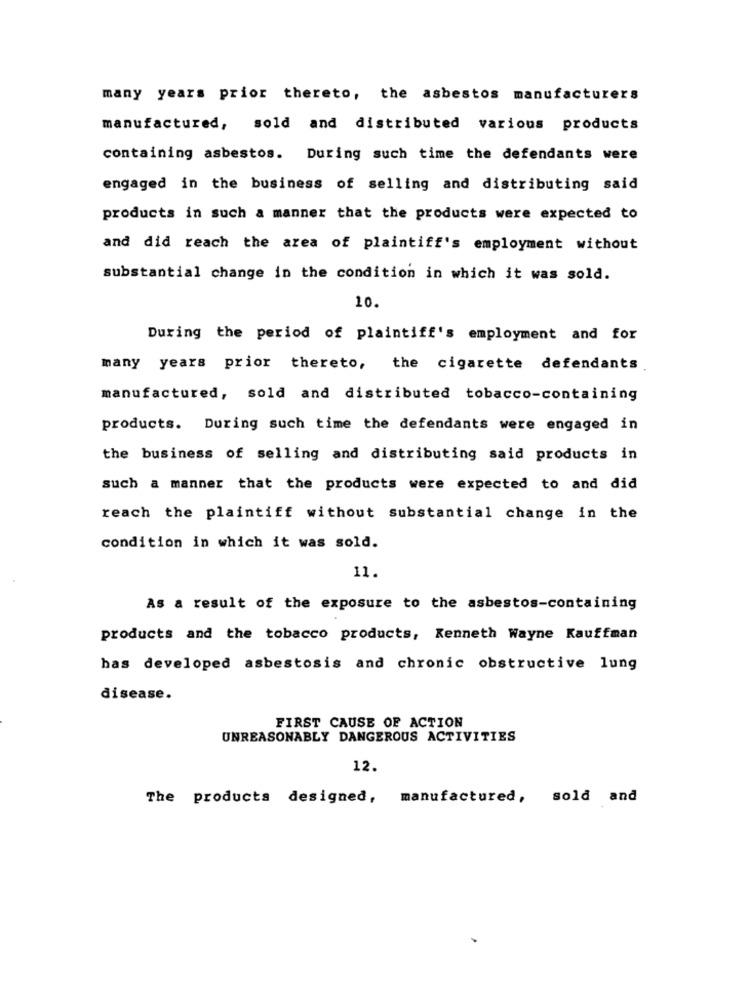
many years prior thereto, the asbestos manufacturers
manufactured, sold and distributed various products
containing asbestos. During such time the defendants were
engaged in the business of selling and distributing said
products in such a manner that the products were expected to
and did reach the area of plaintiff's employment without
substantial change in the condition in which it was sold.
10.
During the period of plaintiff's employment and for
many years prior thereto, the cigarette defendants
manufactured, sold and distributed tobacco-containing
products. During such time the defendants were engaged in
the business of selling and distributing said products in
such a manner that the products were expected to and did
reach the plaintiff without substantial change in the
condition in which it was sold.
11.
As a result of the exposure to the asbestos-containing
products and the tobacco products, Kenneth Wayne Kauffman
has developed asbestosis and chronic obstructive lung
disease.
FIRST CAUSE OF ACTION
UNREASONABLY DANGEROUS ACTIVITIES
12.
The products designed, manufactured, sold and